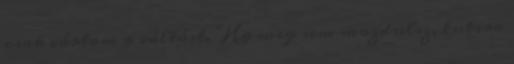
csak vártam a váltást. "Ha meg sem mozdulsz, tutira